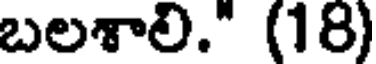
బలశాలి." (18)